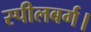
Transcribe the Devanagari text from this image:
स्पीलबर्ग।